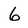
Character: 6